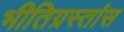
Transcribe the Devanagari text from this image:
भीतिग्रस्तांस